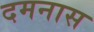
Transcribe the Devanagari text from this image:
दमनास